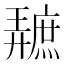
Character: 𪪩